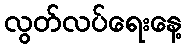
လွတ်လပ်ရေးနေ့